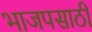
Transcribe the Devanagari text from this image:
भाजपसाठी